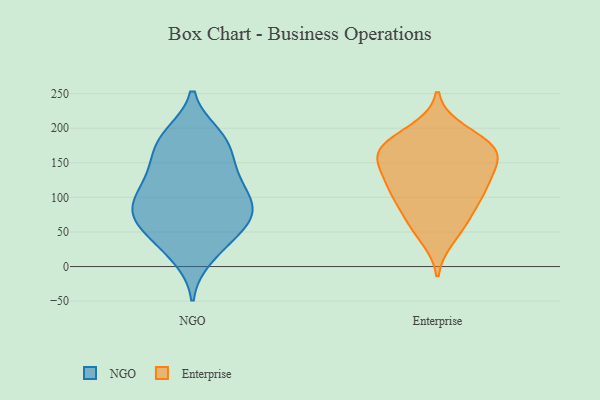
{"axis": {"x": "Demand Index", "y": "Value"}, "legend": ["Enterprise", "NGO"], "data": [{"x": "", "y": 183, "type": "NGO"}, {"x": "", "y": 75, "type": "NGO"}, {"x": "", "y": 132, "type": "NGO"}, {"x": "", "y": 83, "type": "NGO"}, {"x": "", "y": 81, "type": "NGO"}, {"x": "", "y": 114, "type": "NGO"}, {"x": "", "y": 183, "type": "NGO"}, {"x": "", "y": 39, "type": "NGO"}, {"x": "", "y": 27, "type": "NGO"}, {"x": "", "y": 118, "type": "NGO"}, {"x": "", "y": 66, "type": "NGO"}, {"x": "", "y": 14, "type": "NGO"}, {"x": "", "y": 181, "type": "NGO"}, {"x": "", "y": 145, "type": "NGO"}, {"x": "", "y": 147, "type": "NGO"}, {"x": "", "y": 95, "type": "NGO"}, {"x": "", "y": 66, "type": "NGO"}, {"x": "", "y": 190, "type": "NGO"}, {"x": "", "y": 59, "type": "NGO"}, {"x": "", "y": 92, "type": "NGO"}, {"x": "", "y": 159, "type": "Enterprise"}, {"x": "", "y": 129, "type": "Enterprise"}, {"x": "", "y": 155, "type": "Enterprise"}, {"x": "", "y": 166, "type": "Enterprise"}, {"x": "", "y": 110, "type": "Enterprise"}, {"x": "", "y": 114, "type": "Enterprise"}, {"x": "", "y": 42, "type": "Enterprise"}, {"x": "", "y": 177, "type": "Enterprise"}, {"x": "", "y": 68, "type": "Enterprise"}, {"x": "", "y": 196, "type": "Enterprise"}, {"x": "", "y": 64, "type": "Enterprise"}, {"x": "", "y": 147, "type": "Enterprise"}, {"x": "", "y": 109, "type": "Enterprise"}, {"x": "", "y": 95, "type": "Enterprise"}, {"x": "", "y": 172, "type": "Enterprise"}, {"x": "", "y": 177, "type": "Enterprise"}]}